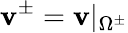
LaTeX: \mathbf{v}^{\pm}=\mathbf{v}|_{\Omega^{\pm}}